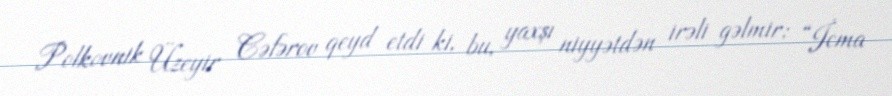
Polkovnik Üzeyir Cəfərov qeyd etdi ki, bu, yaxşı niyyətdən irəli gəlmir: “İcma